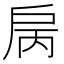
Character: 𢨿